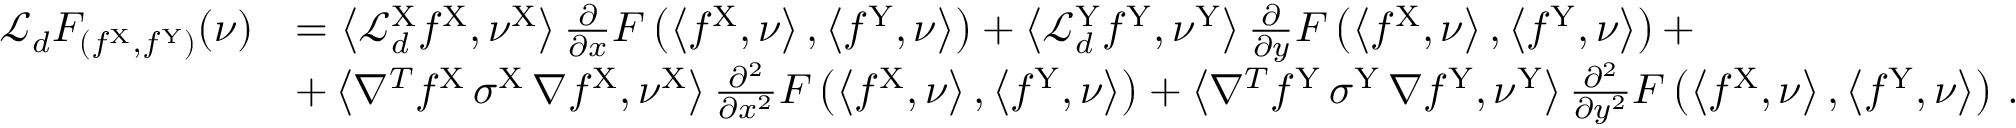
\begin{array} { r l } { \mathcal { L } _ { d } F _ { ( f ^ { \mathrm { X } } , f ^ { \mathrm { Y } } ) } ( \nu ) } & { = \left\langle \mathcal { L } _ { d } ^ { \mathrm { X } } f ^ { \mathrm { X } } , \nu ^ { \mathrm { X } } \right\rangle \frac { \partial } { \partial x } F \left( \left\langle f ^ { \mathrm { X } } , \nu \right\rangle , \left\langle f ^ { \mathrm { Y } } , \nu \right\rangle \right) + \left\langle \mathcal { L } _ { d } ^ { \mathrm { Y } } f ^ { \mathrm { Y } } , \nu ^ { \mathrm { Y } } \right\rangle \frac { \partial } { \partial y } F \left( \left\langle f ^ { \mathrm { X } } , \nu \right\rangle , \left\langle f ^ { \mathrm { Y } } , \nu \right\rangle \right) + } \\ & { + \left\langle \nabla ^ { T } f ^ { \mathrm { X } } \, \sigma ^ { \mathrm { X } } \, \nabla f ^ { \mathrm { X } } , \nu ^ { \mathrm { X } } \right\rangle \frac { \partial ^ { 2 } } { \partial x ^ { 2 } } F \left( \left\langle f ^ { \mathrm { X } } , \nu \right\rangle , \left\langle f ^ { \mathrm { Y } } , \nu \right\rangle \right) + \left\langle \nabla ^ { T } f ^ { \mathrm { Y } } \, \sigma ^ { \mathrm { Y } } \, \nabla f ^ { \mathrm { Y } } , \nu ^ { \mathrm { Y } } \right\rangle \frac { \partial ^ { 2 } } { \partial y ^ { 2 } } F \left( \left\langle f ^ { \mathrm { X } } , \nu \right\rangle , \left\langle f ^ { \mathrm { Y } } , \nu \right\rangle \right) \, . } \end{array}